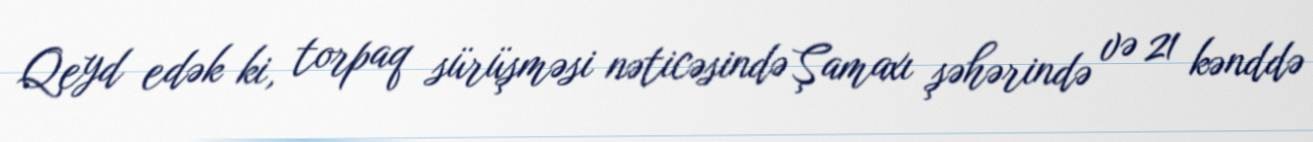
Qeyd edək ki, torpaq sürüşməsi nəticəsində Şamaxı şəhərində və 21 kənddə